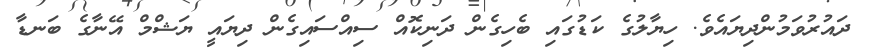
ދައުރުވަމުންދިޔައެވެ. ހިޔާލުގެ ކަޑުގައި ބެހިގެން ދަނިކޮއް ސިއްސައިގެން ދިޔައީ ޔަޝްމް އޭނާގެ ބަނޑާ